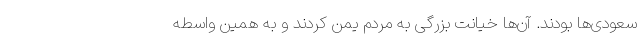
سعودی‌ها بودند. آن‌ها خیانت بزرگی به مردم یمن کردند و به همین واسطه